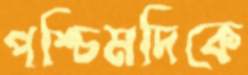
পশ্চিমদিকে